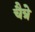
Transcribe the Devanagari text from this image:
चैत्रे